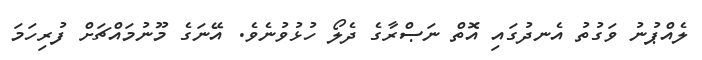
ލެއްޕުނު ވަގުތު އެނދުގައި އޮތް ނަޞްރާގެ ދެލޯ ހުޅުވުނެވެ. އޭނަގެ މޫނުމައްޗަށް ފުރިހަމަ